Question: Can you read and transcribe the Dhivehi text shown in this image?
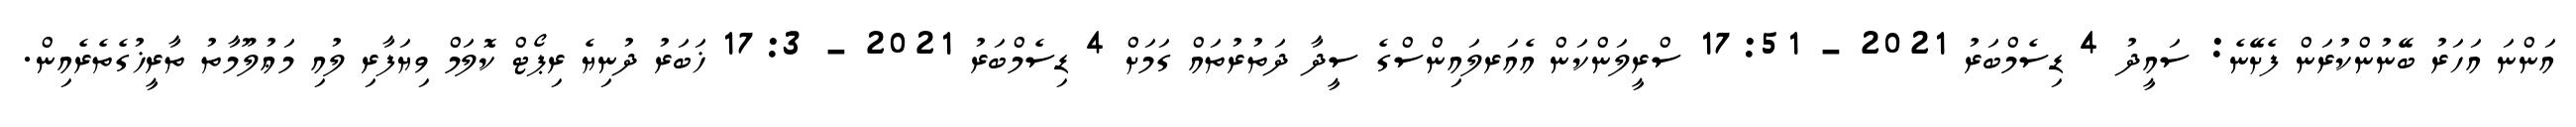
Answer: އަންނަ އަހަރު ބޭނުންކުރަން ފެށޭނެ: ސައީދު 4 ޑިސެމްބަރު 2021 - 17:51 ސްރީލަންކަން އެއަރލައިންސްގެ ސީދާ ދަތުރުތައް ގަމަށް 4 ޑިސެމްބަރު 2021 - 17:3 ޚަބަރު ދުނިޔެ ރިޕޯޓް ކޮލަމް ވިޔަފާރި ލުއި މަޢުލޫމާތު ތާރީޚުގެތެރެއިން.